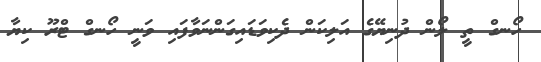
ހޯނގް ތީ ލޯން ދުނިޔޭގެ އަލިކަން ދެކިވަޑައިގަންނަވާފައި ވަނީ ހޯނގް ޓްރޫ ކިޔާ